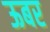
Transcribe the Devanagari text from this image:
ऊबर